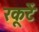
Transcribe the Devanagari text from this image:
रकूटें